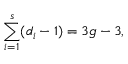
\sum _ { i = 1 } ^ { s } ( d _ { i } - 1 ) = 3 g - 3 ,